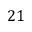
2 1